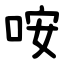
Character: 咹